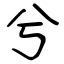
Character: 兮